Report of the Imperial Institute of Veterinary Research, Muktesar
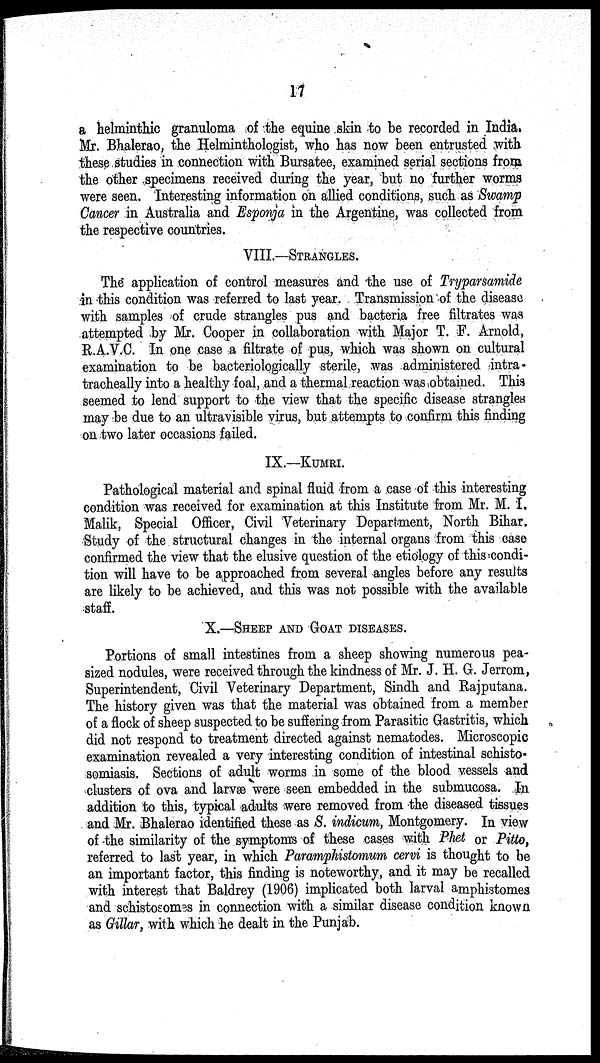
17
a helminthic granuloma of the equine skin to be recorded in India.
Mr. Bhalerao, the Helminthologist, who has now been entrusted with
these studies in connection with Bursatee, examined serial sections from
the other specimens received during the year, but no further worms
were seen. Interesting information on allied conditions, such as Swamp
Cancer in Australia and Esponja in the Argentine, was collected from
the respective countries.
VIII.—STRANGLES.
The application of control measures and the use of Tryparsamide
in this condition was referred to last year. Transmission of the disease
with samples of crude strangles pus and bacteria free filtrates was
attempted by Mr. Cooper in collaboration with Major T. F. Arnold,
R.A.V.C. In one case a filtrate of pus, which was shown on cultural
examination to be bacteriologically sterile, was administered intra-
tracheally into a healthy foal, and a thermal reaction was obtained. This
seemed to lend support to the view that the specific disease strangles
may be due to an ultravisible virus, but attempts to confirm this finding
on two later occasions failed.
IX.—KUMRI.
Pathological material and spinal fluid from a case of this interesting
condition was received for examination at this Institute from Mr. M. I.
Malik, Special Officer, Civil Veterinary Department, North Bihar.
Study of the structural changes in the internal organs from this case
confirmed the view that the elusive question of the etiology of this condi-
tion will have to be approached from several angles before any results
are likely to be achieved, and this was not possible with the available
staff.
X.—SHEEP AND GOAT DISEASES.
Portions of small intestines from a sheep showing numerous pea-
sized nodules, were received through the kindness of Mr. J. H. G. Jerrom,
Superintendent, Civil Veterinary Department, Sindh and Rajputana.
The history given was that the material was obtained from a member
of a flock of sheep suspected to be suffering from Parasitic Gastritis, which
did not respond to treatment directed against nematodes. Microscopic
examination revealed a very interesting condition of intestinal schisto-
somiasis. Sections of adult worms in some of the blood vessels and
clusters of ova and larvæ were seen embedded in the submucosa. In
addition to this, typical adults were removed from the diseased tissues
and Mr. Bhalerao identified these as S. indicum, Montgomery. In view
of the similarity of the symptoms of these cases with Phet or Pitto,
referred to last year, in which Paramphistomum cervi is thought to be
an important factor, this finding is noteworthy, and it may be recalled
with interest that Baldrey (1906) implicated both larval amphistomes
and schistosomes in connection with a similar disease condition known
as Gillar, with which he dealt in the Punjab.